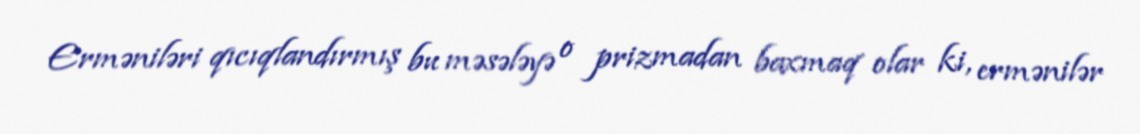
Erməniləri qıcıqlandırmış bu məsələyə o prizmadan baxmaq olar ki, ermənilər